Vaccination in Bombay 1856-1862 - 1856-1862
Year: 1856
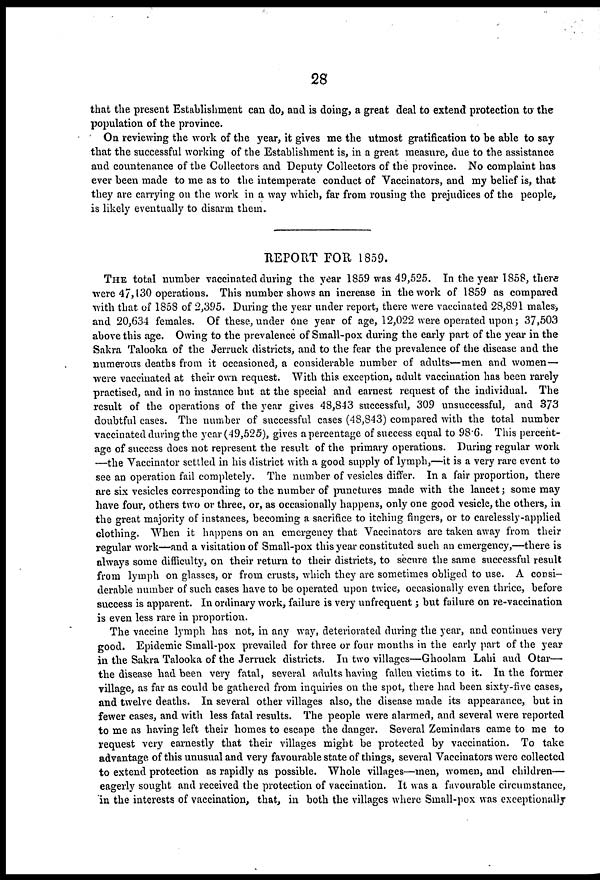
28
that the present Establishment can do, and is doing, a great deal to extend protection to the
population of the province.
On reviewing the work of the year, it gives me the utmost gratification to be able to say
that the successful working of the Establishment is, in a great measure, due to the assistance
and countenance of the Collectors and Deputy Collectors of the province. No complaint has
ever been made to me as to the intemperate conduct of Vaccinators, and my belief is, that
they are carrying on the work in a way which, far from rousing the prejudices of the people,
is likely eventually to disarm them.
REPORT FOR 1859.
THE total number vaccinated during the year 1859 was 49,525. In the year 1858, there
were 47,130 operations. This number shows an increase in the work of 1859 as compared
with that of 1858 of 2,395. During the year under report, there were vaccinated 28,891 males,
and 20,634 females. Of these, under one year of age, 12,022 were operated upon; 37,503
above this age. Owing to the prevalence of Small-pox during the early part of the year in the
Sakra Talooka of the Jerruck districts, and to the fear the prevalence of the disease and the
numerous deaths from it occasioned, a considerable number of adults—men and women—
were vaccinated at their own request. With this exception, adult vaccination has been rarely
practised, and in no instance but at the special and earnest request of the individual. The
result of the operations of the year gives 48,843 successful, 309 unsuccessful, and 373
doubtful cases. The number of successful cases (48,843) compared with the total number
vaccinated during the year (49,525), gives a percentage of success equal to 98.6. This percent-
age of success does not represent the result of the primary operations. During regular work
—the Vaccinator settled in his district with a good supply of lymph,—it is a very rare event to
see an operation fail completely. The number of vesicles differ. In a fair proportion, there
are six vesicles corresponding to the number of punctures made with the lancet; some may
have four, others two or three, or, as occasionally happens, only one good vesicle, the others, in
the great majority of instances, becoming a sacrifice to itching fingers, or to carelessly-applied
clothing. When it happens on an emergency that Vaccinators are taken away from their
regular work—and a visitation of Small-pox this year constituted such an emergency,—there is
always some difficulty, on their return to their districts, to secure the same successful result
from lymph on glasses, or from crusts, which they are sometimes obliged to use. A consi-
derable number of such cases have to be operated upon twice, occasionally even thrice, before
success is apparent. In ordinary work, failure is very unfrequent; but failure on re-vaccination
is even less rare in proportion.
The vaccine lymph has not, in any way, deteriorated during the year, and continues very
good. Epidemic Small-pox prevailed for three or four months in the early part of the year
in the Sakra Talooka of the Jerruck districts. In two villages—Ghoolam Lahi and Otar—
the disease had been very fatal, several adults having fallen victims to it. In the former
village, as far as could be gathered from inquiries on the spot, there had been sixty-five cases,
and twelve deaths. In several other villages also, the disease made its appearance, but in
fewer cases, and with less fatal results. The people were alarmed, and several were reported
to me as having left their homes to escape the danger. Several Zemindars came to me to
request very earnestly that their villages might be protected by vaccination. To take
advantage of this unusual and very favourable state of things, several Vaccinators were collected
to extend protection as rapidly as possible. Whole villages—men, women, and children—
eagerly sought and received the protection of vaccination. It was a favourable circumstance,
in the interests of vaccination, that, in both the villages where Small-pox was exceptionally